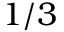
1 / 3